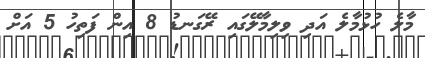
މާލެ ހުޅުމާލެ އަދި ވިލިމާލޭގައި ރޭގަނޑު 8 އިން ފަތިހު 5 އަށް